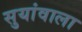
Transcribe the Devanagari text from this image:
सुयांवाला